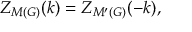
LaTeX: Z _ { M ( { \cal G ) } } ( k ) = Z _ { M ^ { \prime } ( { \cal G ) } } ( - k ) ,